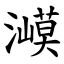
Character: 㵹